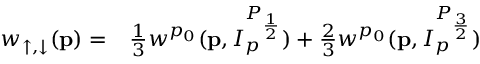
\begin{array} { r l } { w _ { \uparrow , \downarrow } ( \mathbf { p } ) = } & { { } \frac { 1 } { 3 } w ^ { p _ { 0 } } ( \mathbf { p } , I _ { p } ^ { P _ { \frac { 1 } { 2 } } } ) + \frac { 2 } { 3 } w ^ { p _ { 0 } } ( \mathbf { p } , I _ { p } ^ { P _ { \frac { 3 } { 2 } } } ) } \end{array}